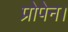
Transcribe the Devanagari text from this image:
प्रोपेन।